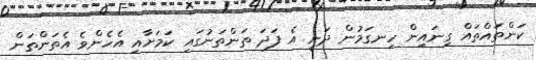
ކަންތައްތައް ގިނައިން ހިނގަމުން ދަނީ އެ ފަދަ ތަންތަނުގައި ކަަމަށާއި އެހެންވެ އެތަންތަން